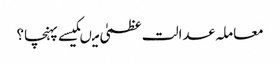
معاملہ عدالت عظمیٰ میںکیسے پہنچا؟